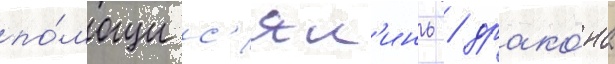
по́мощи с'ял'инь / драко́на